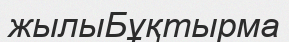
жылыБұқтырма